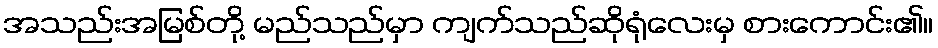
အသည်းအမြစ်တို့ မည်သည်မှာ ကျက်သည်ဆိုရုံလေးမှ စားကောင်း၏။